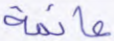
عائمة